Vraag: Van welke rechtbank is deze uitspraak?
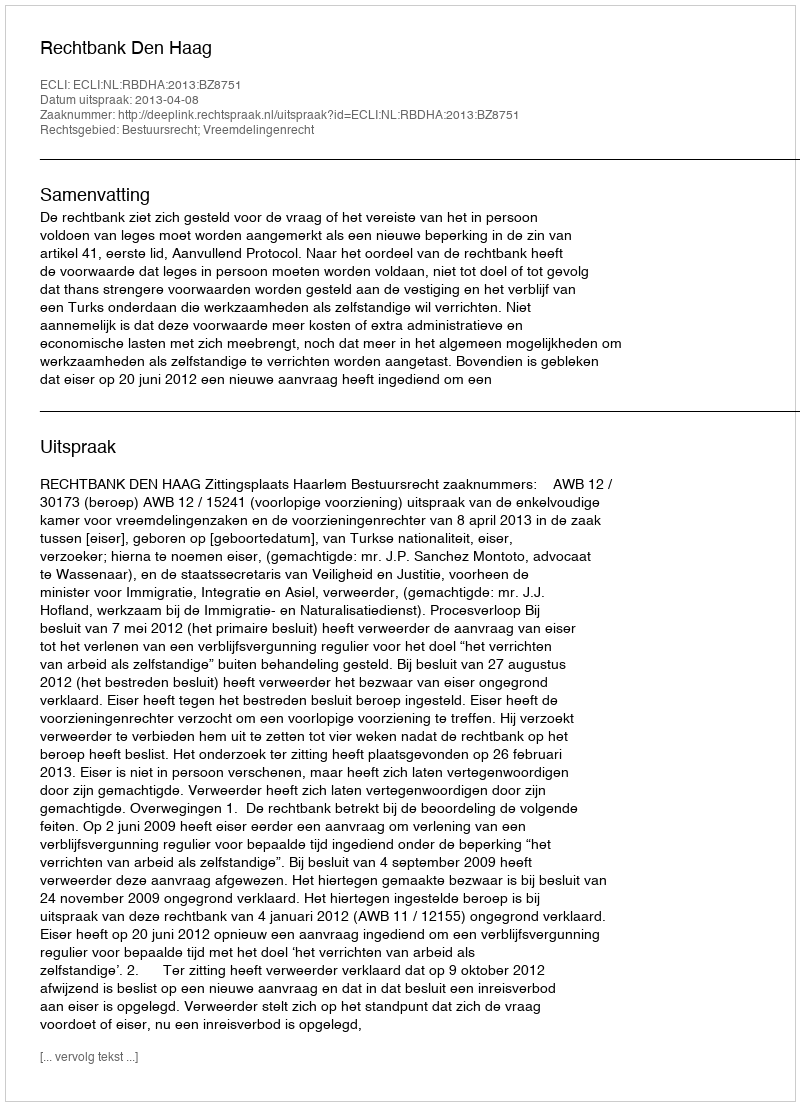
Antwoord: Rechtbank Den Haag